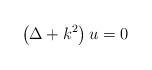
LaTeX: \begin{align*}\left( \Delta + k^{2} \right) u = 0\end{align*}